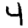
Digit: 4